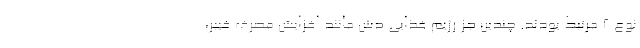
نوع 2 مرتبط بودند. چندین جز رژیم غذایی دش مانند افزایش مصرف فیبر،